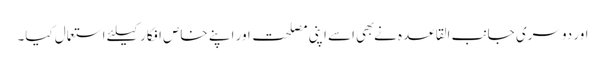
اور دوسری جانب القاعده نے بهی اسے اپنی مصلحت اور اپنے خاص افکار کیلئے استعمال کیا۔